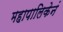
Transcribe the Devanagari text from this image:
महापालिकेनं